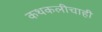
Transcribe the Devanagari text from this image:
कथकलीचाही